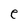
Character: e